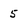
Character: 5